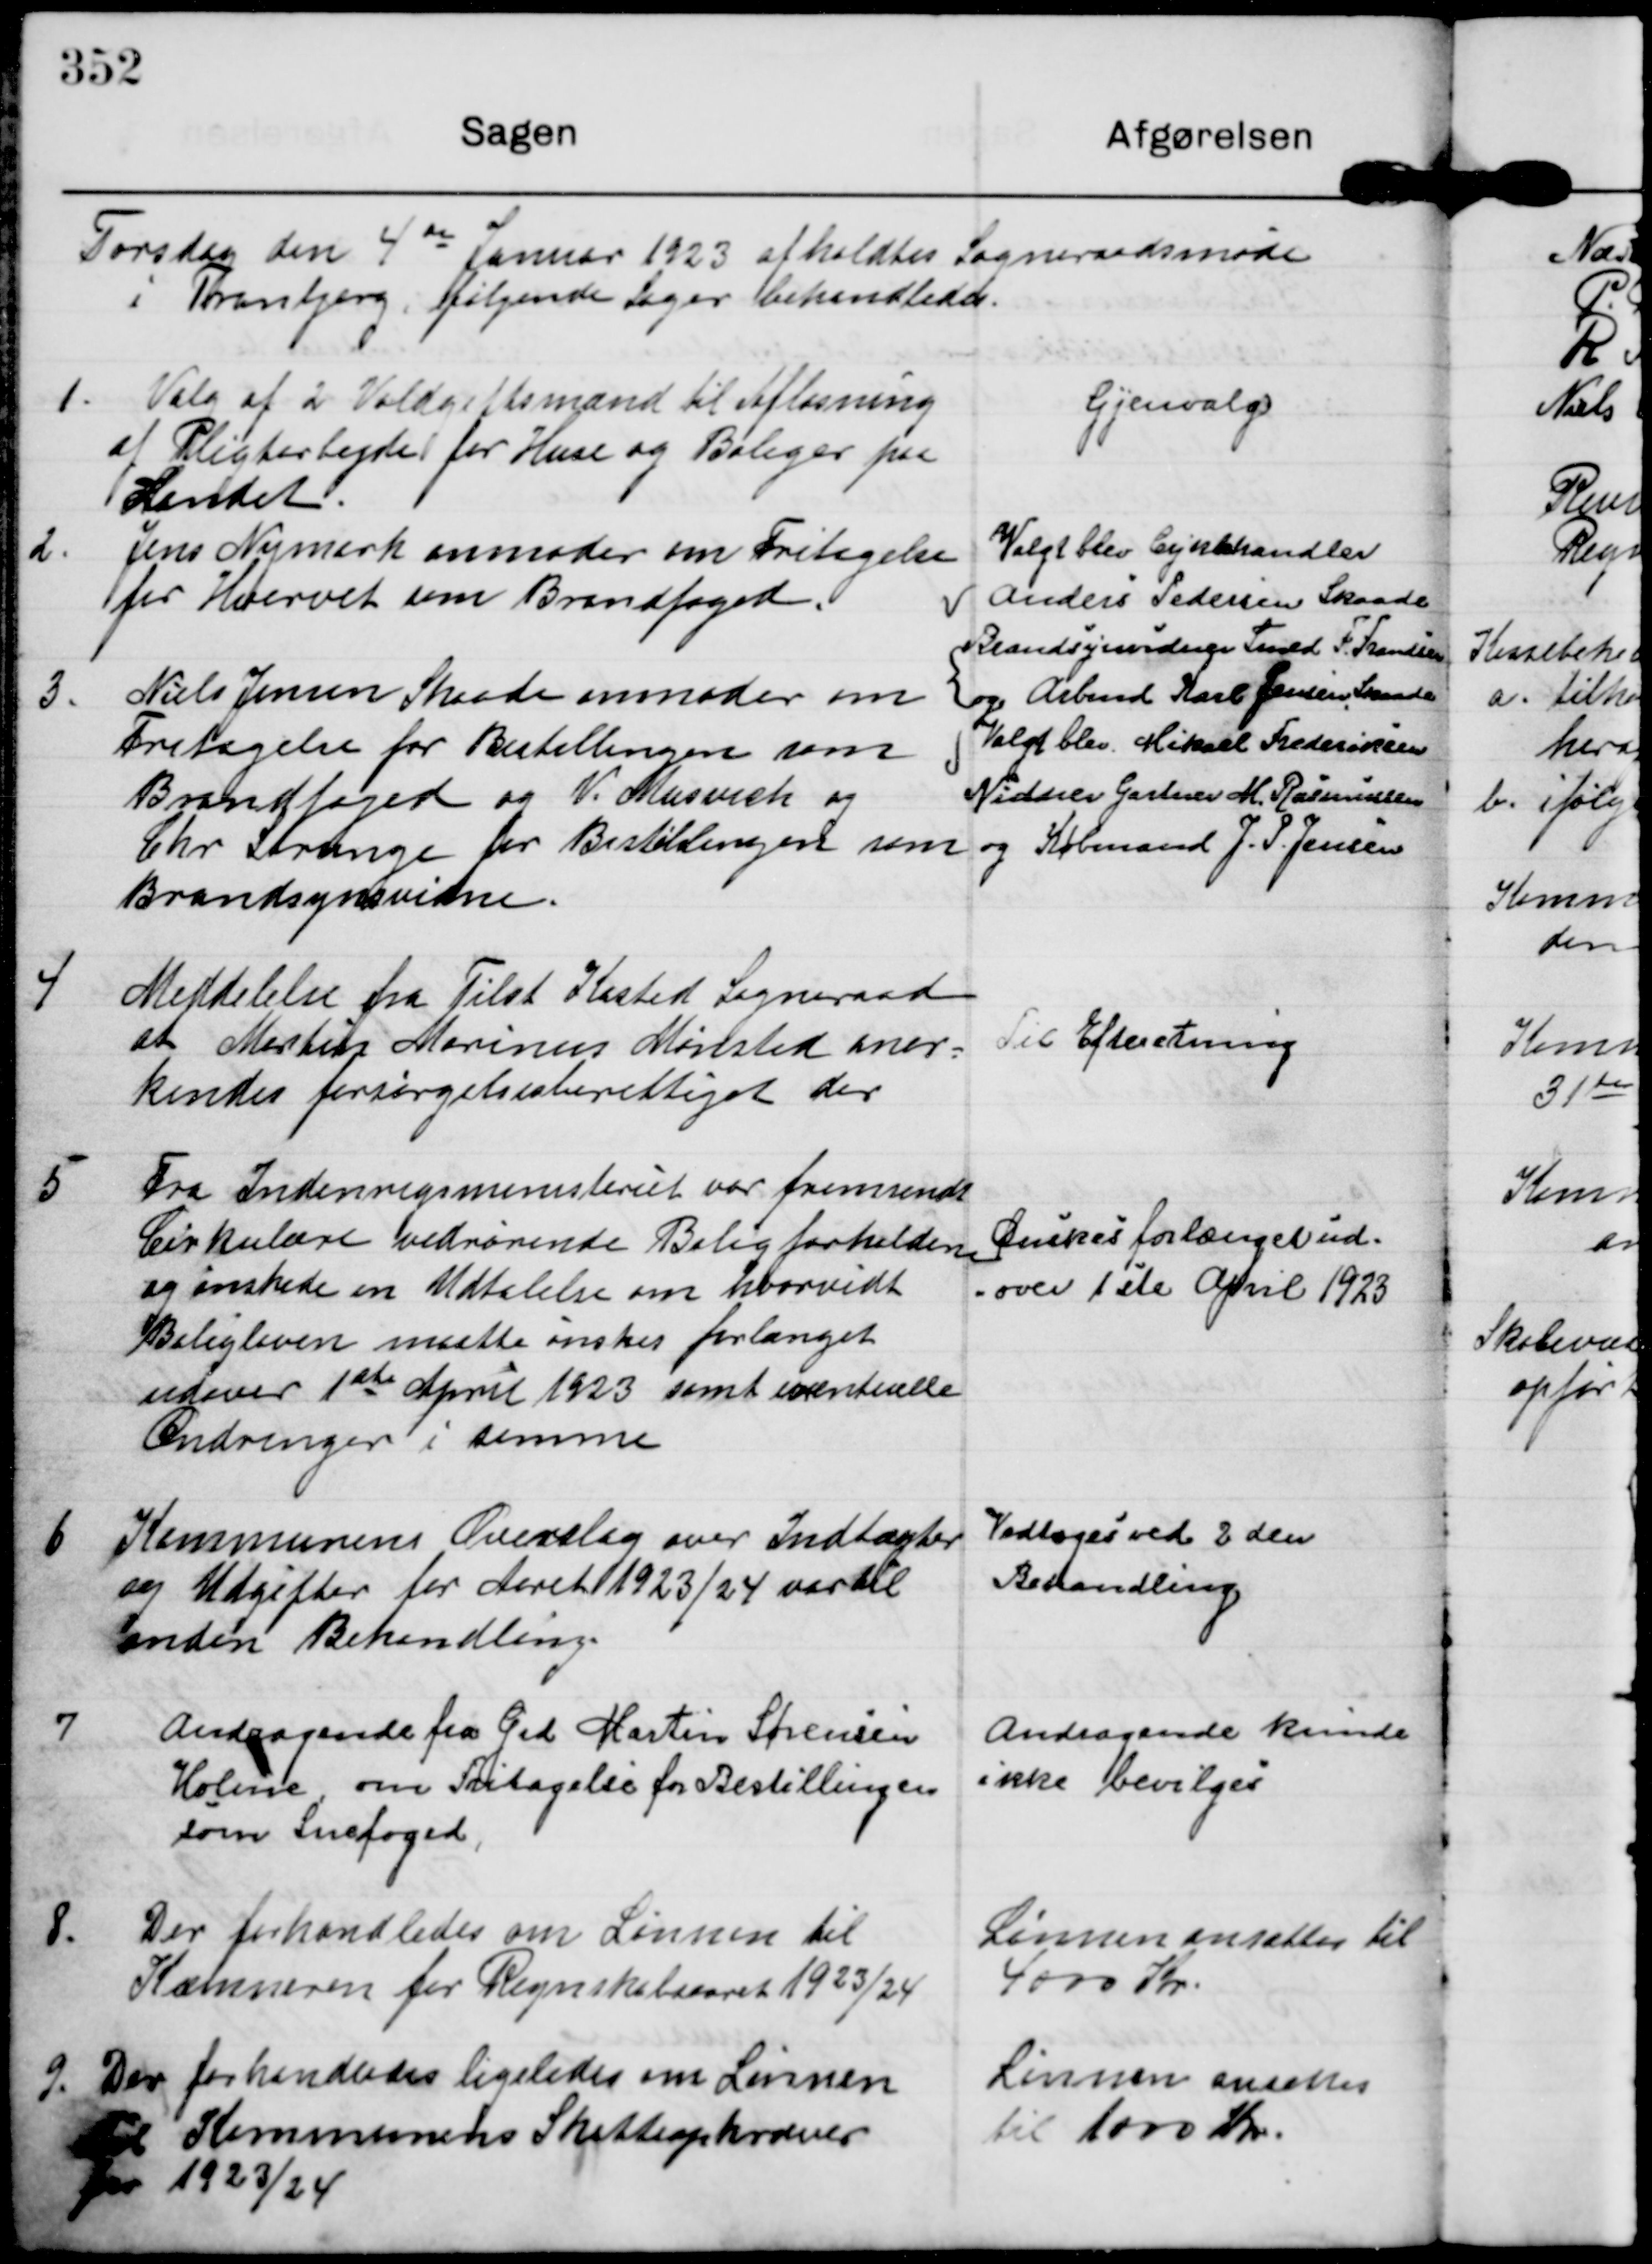
Transskription:
Torsdag den 4de Januar 1923 afholdtes Sogneraadsmøde
i Tranbjerg, følgende sager behandledes.

1. Valg af 2 Voldgiftsmænd til Afløsning
af Pligtarbejde for Huse og Boliger paa
Landet

Gjenvalg

2. Jens Nymark anmoder om Fritagelse
for Hvervet som Brandfoged.

Valgt blev Cykelhandler
Anders Pedersen Skaade

3.
Niels Jensen Skaade anmoder om
Fritagelse for Bestallingen som
Brandfoged og V. Musvich og
Chr Strunge for Bestallingen som
Brandsynsvidne.

Brandsynsvidner Fmd F. Frandsen
og Arbmd Karl Jensen, Skaade
Valgt blev Mikael Frederiksen
Vidner Gartner M. Rasmussen
og Købmand J. P. Jensen

4 Meddelelse fra Tilst Kasted Sogneraad
at Martin Marinus Mønsted aner-
kendes forsørgelsesberettigget der.

Til Efteretning

5
Fra Indenrigsministeriet var fremsendt
Cirkulære vedrørende Boligforholdene
og ønskede en Udtalelse om hvorvidt
Boligloven maatte ønskes forlænget
udover 1ste April 1923 samt eventuelle
Ændringer i samme

Ønskes forlænget ud-
over 1ste April 1923

6 Kommunens Overslag over Indtægter
og Udgifter for Aaret 1923/24 var til
anden Behandling

Vedtoges ved 2 den
Behandling

7
Andragende fra Grd Martin Sørensen
Holme, om Fritagelse for Bestillingen
som Snefoged,

Andragende kunde
ikke bevilges

8. Der forhandledes om Lønnen til
Kæmneren for Regnskabsaaret 1923/24

Lønnen ansættes til
4000 Kr.

9. Der forhandledes ligeledes om Lønnen
til Kommunens Skatteopkræver
for 1923/24

Lønnen ansattes
til 1000 Kr.